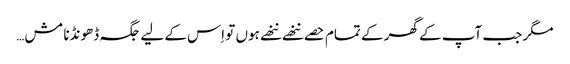
مگر جب آپ کے گھر کے تمام حصے ننھے ننھے ہوں تو اِس کے لیے جگہ ڈھونڈنا مش…